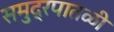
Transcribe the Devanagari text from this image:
समुद्रपातळी